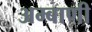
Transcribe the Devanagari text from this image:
अम्बाणी